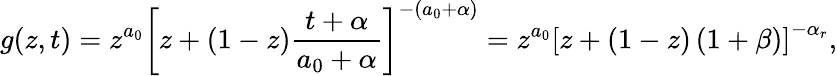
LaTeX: g(z,t)=z^{a_{0}}\left[z+(1-z)\frac{t+\alpha}{a_{0}+\alpha}\right]^{-(a_{0}+\alpha)}=z^{a_{0}}\left[z+(1-z)\left(1+\beta\right)\right]^{-\alpha_{r}},